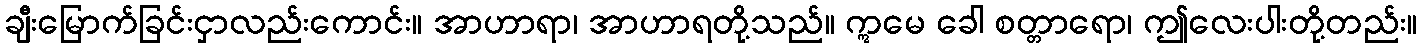
ချီးမြောက်ခြင်းငှာလည်းကောင်း။ အာဟာရာ၊ အာဟာရတို့သည်။ ဣမေ ခေါ စတ္တာရော၊ ဤလေးပါးတို့တည်း။